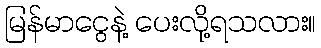
မြန်မာငွေနဲ့ ပေးလို့ရသလား။